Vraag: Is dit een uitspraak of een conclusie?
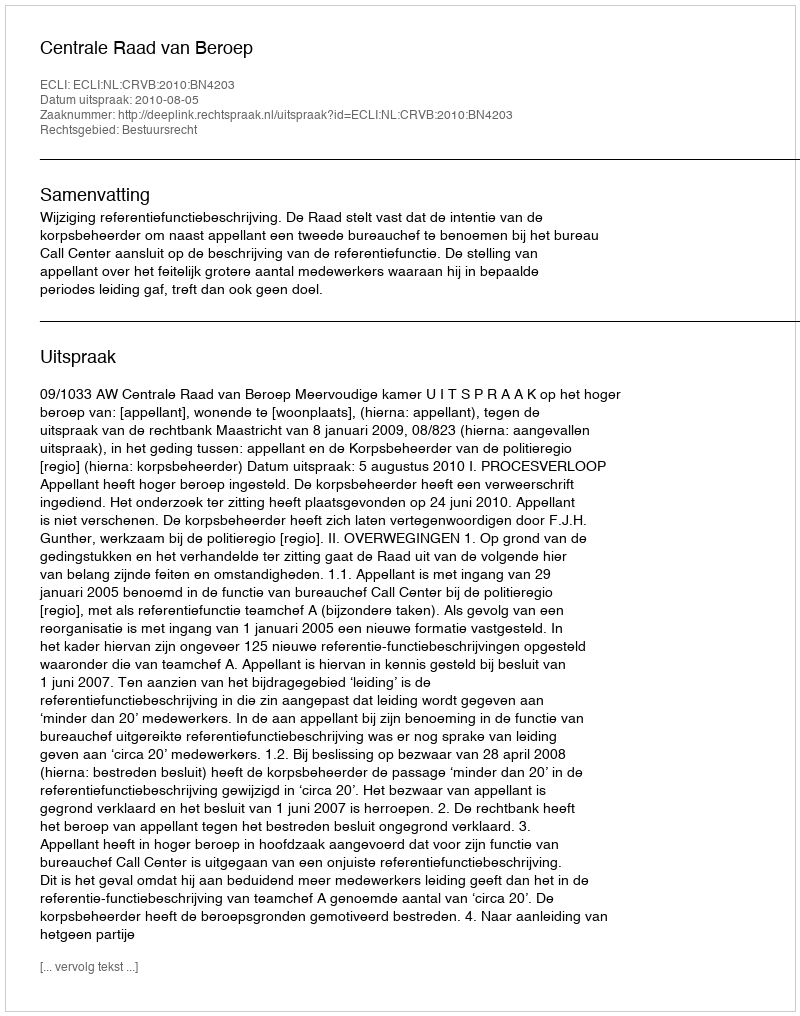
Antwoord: Uitspraak